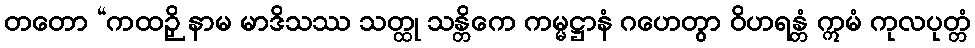
တတော “ကထဉှိ နာမ မာဒိသဿ သတ္ထု သန္တိကေ ကမ္မဋ္ဌာနံ ဂဟေတွာ ဝိဟရန္တံ ဣမံ ကုလပုတ္တံ